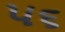
૫૬